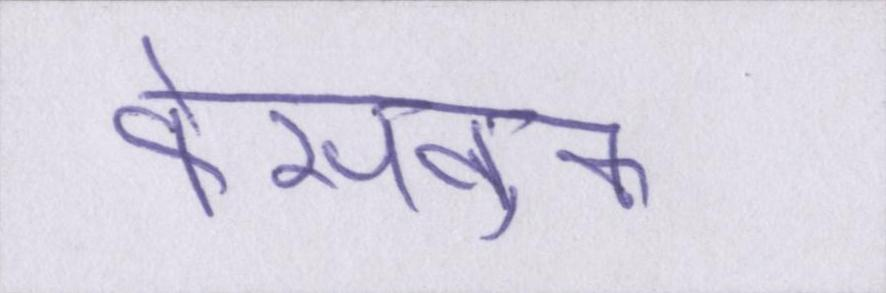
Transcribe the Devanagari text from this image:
फेसबुक